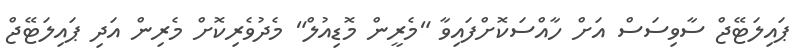
ޕައިލަޓޭޖް ސާވިސަސް އަށް ހާއްސަކޮށްފައިވާ "މެރީން މޮޑިއުލް" މެދުވެރިކޮށް މެރިން އަދި ޕައިލަޓޭޖް